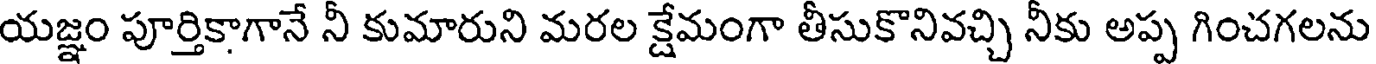
యజ్ఞం పూర్తికాగానే నీ కుమారుని మరల క్షేమంగా తీసుకొనివచ్చి నీకు అప్ప గించగలను